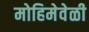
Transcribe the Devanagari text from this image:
मोहिमेवेळी